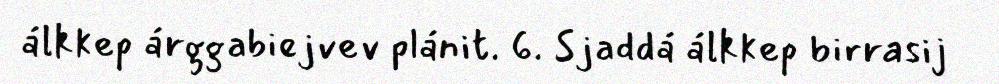
álkkep árggabiejvev plánit. 6. Sjaddá álkkep birrasij